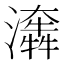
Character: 𤂤